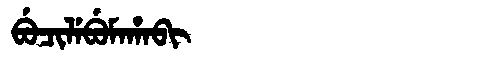
Manchu: ᠪᡠᠴᡳᠯᡝᠪᡠᠮᠠᡥᠠᠪᡳ
Romanization: BUCILEBUMAHABI